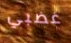
غضبي